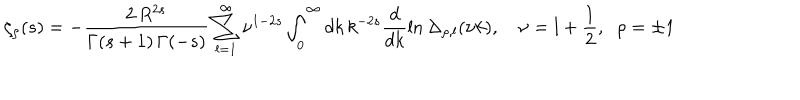
LaTeX: \zeta _ { \rho } ( s ) = - \frac { 2 \, R ^ { 2 s } } { \Gamma ( s + 1 ) \, \Gamma ( - s ) } \sum _ { l = 1 } ^ { \infty } \nu ^ { 1 - 2 s } \int _ { 0 } ^ { \infty } d k \, k ^ { - 2 s } \frac { d } { d k } \ln \Delta _ { \rho , l } ( \nu k ) , \quad \nu = l + \frac { 1 } { 2 } , \; \; \rho = \pm 1